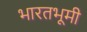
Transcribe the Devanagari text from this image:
भारतभूमी